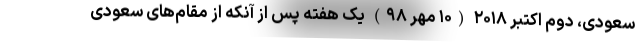
سعودی، دوم اکتبر ۲۰۱۸ (۱۰ مهر ۹۸) یک هفته پس از آنکه از مقام‌های سعودی